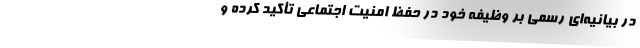
در بیانیه‌ای رسمی بر وظیفهٔ خود در حفظ امنیت اجتماعی تأکید کرده و